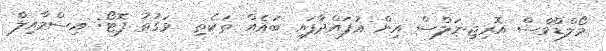
މޯލްޑްވްސް އޮރިޖިނަލްސް އިން އުފައްދާފައި ބައެއް ތަކެތި  ވަގުތު ފޮޓޯ: އިސްމާއިލް